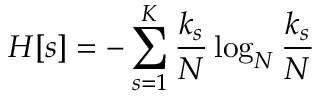
H [ s ] = - \sum _ { s = 1 } ^ { K } \frac { k _ { s } } { N } \log _ { N } { \frac { k _ { s } } { N } }